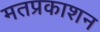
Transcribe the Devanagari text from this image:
मतप्रकाशन